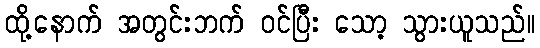
ထို့နောက် အတွင်းဘက် ဝင်ပြီး သော့ သွားယူသည်။